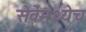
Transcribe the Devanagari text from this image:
सेवेमध्येच